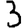
Digit: 3